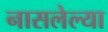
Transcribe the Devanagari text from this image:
नासलेल्या